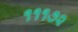
૧૧૧૭૨